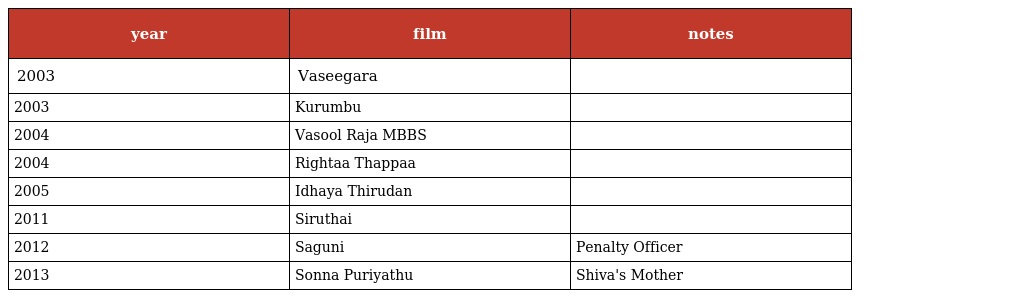
| year | film | notes |
 | --- | --- | --- |
 | 2003 | Vaseegara |  |
 | 2003 | Kurumbu |  |
 | 2004 | Vasool Raja MBBS |  |
 | 2004 | Rightaa Thappaa |  |
 | 2005 | Idhaya Thirudan |  |
 | 2011 | Siruthai |  |
 | 2012 | Saguni | Penalty Officer |
 | 2013 | Sonna Puriyathu | Shiva's Mother |